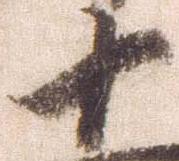
十